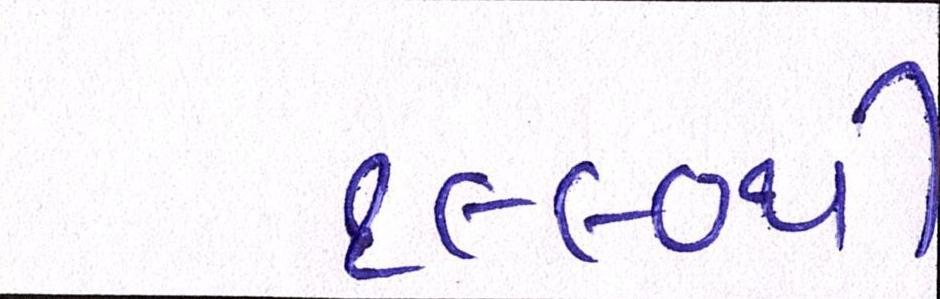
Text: ૧૯૯૦થી